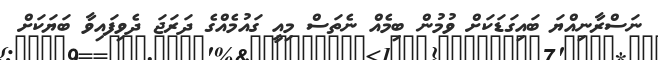
ނަސްރާނިއްޔަ ބައިގަޑަކަށް ވުމުން ބިމެއް ނެތަސް މިއީ ގައުމެއްގެ ދަރަޖަ ދެވިފައިވާ ބަޔަކަށް